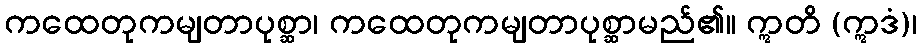
ကထေတုကမျတာပုစ္ဆာ၊ ကထေတုကမျတာပုစ္ဆာမည်၏။ ဣတိ (ဣဒံ)၊